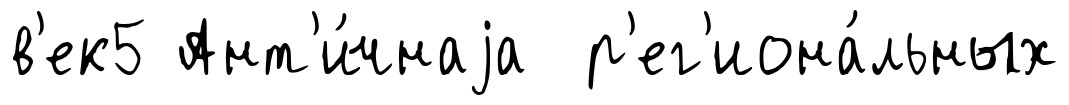
в'ек5 Ант'и́чнаjа р'ег'иона́льных